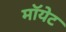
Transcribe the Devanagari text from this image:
मॉयेट